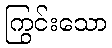
ကြွင်းသော